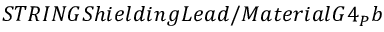
S T R I N G S h i e l d i n g L e a d / M a t e r i a l G 4 _ { P } b